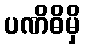
ပဏိဓိမှိ